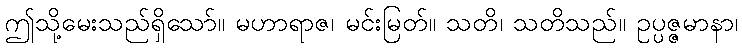
ဤသို့မေးသည်ရှိသော်။ မဟာရာဇ၊ မင်းမြတ်။ သတိ၊ သတိသည်။ ဥပ္ပဇ္ဇမာနာ၊